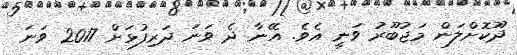
ދޫކޮށްލަން މަޖުބޫރު ވަނީ އެވެ. އޭނާ ދެ ވަނަ ދަރިފުޅަށް 2017 ވަނަ